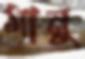
মানু